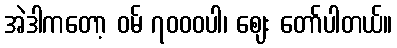
အဲဒါကတော့ ဝမ် ၇၀၀၀ပါ၊ ဈေး တော်ပါတယ်။